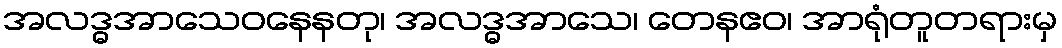
အလဒ္ဓအာသေဝနေနတု၊ အလဒ္ဓအာသေ၊ တေနဧဝ၊ အာရုံတူတရားမှ